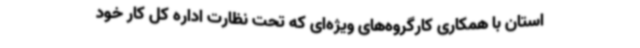
استان با همکاری کارگروه‌های ویژه‌ای که تحت نظارت اداره کل کار خود